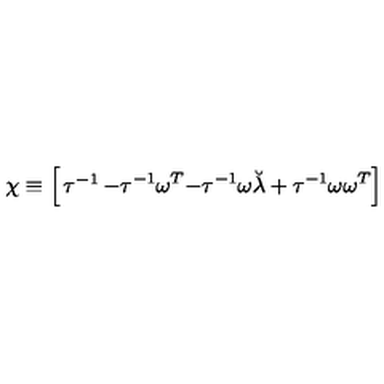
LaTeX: \chi \equiv \left[ \begin{matrix} { \tau ^ { - 1 } } & { - \tau ^ { - 1 } \omega ^ { T } } \\ { - \tau ^ { - 1 } \omega } & { \breve { \lambda } + \tau ^ { - 1 } \omega \omega ^ { T } } \\ \end{matrix} \right]